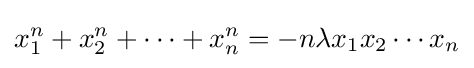
x_{1}^{n}+x_{2}^{n}+\cdots +x_{n}^{n}=-n\lambda x_{1}x_{2}\cdots x_{n}